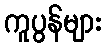
ကူပွန်များ